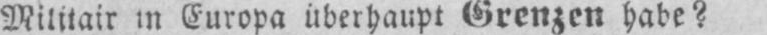
Militair in Europa überhaupt Grenzen habe?